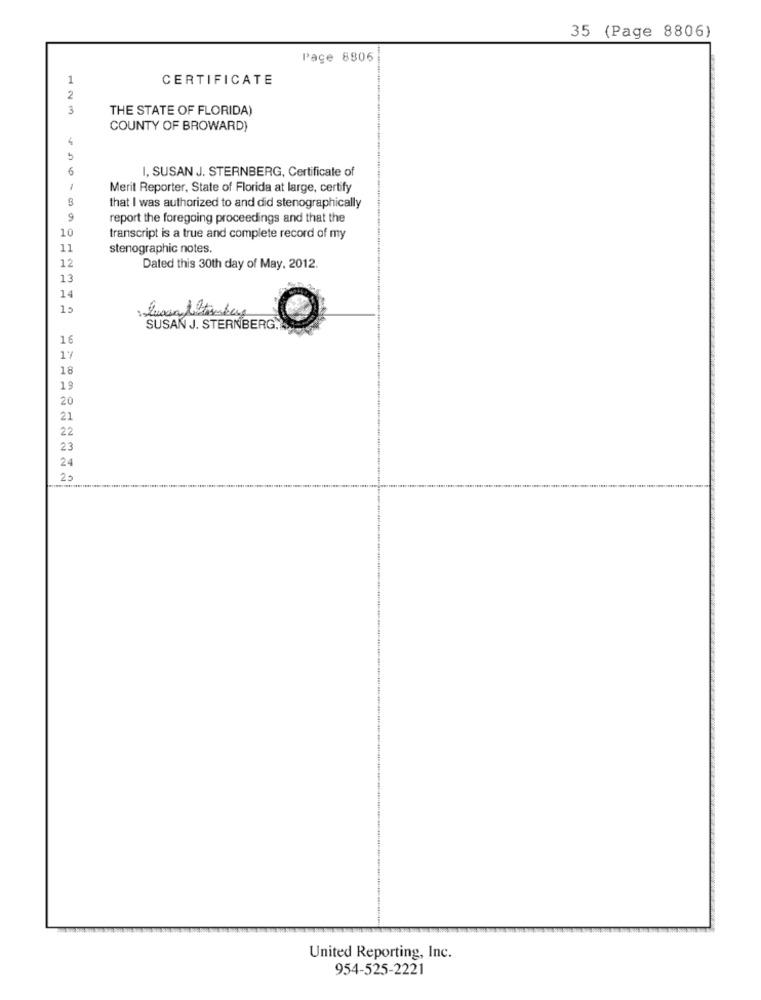
35 (Page 8806)
Pace 8806
1
CERTIFICATE
2
3
THE STATE OF FLORIDA)
COUNTY OF BROWARD)
6
I, SUSAN J. STERNBERG, Certificate of
1
Merit Reporter, State of Florida at large, certify
that I was authorized to and did stenographically
9
report the foregoing proceedings and that the
10
transcript is a true and complete record of my
11
stenographic notes.
12
Dated this 30th day of May, 2012.
13
14
15
Luan detomber
SUSAN J. STERNBERG.
O
16
17
18
19
20
21
22
23
24
20
United Reporting, Inc.
954-525-2221